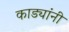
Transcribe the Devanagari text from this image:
काड्यांनी